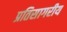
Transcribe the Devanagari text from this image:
प्रतिसागरीय